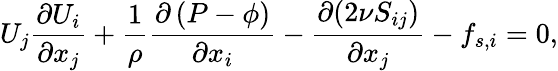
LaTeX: U_{j}\frac{\partial U_{i}}{\partial x_{j}}+\frac{1}{\rho}\frac{\partial\left(P-\phi\right)}{\partial x_{i}}-\frac{\partial(2\nu S_{ij})}{\partial x_{j}}-f_{s,i}=0,